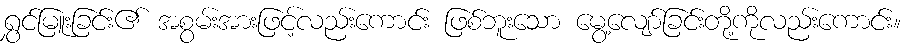
ရွှင်မြူးခြင်း၏ အစွမ်းအားဖြင့်လည်းကောင်း ဖြစ်ဘူးသော မွေ့လျော်ခြင်းတို့ကိုလည်းကောင်း။